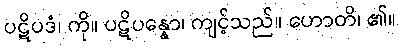
ပဋိပဒံ၊ ကို။ ပဋိပန္နော၊ ကျင့်သည်။ ဟောတိ၊ ၏။